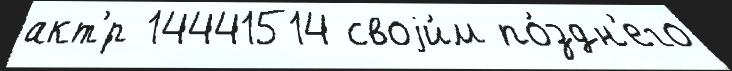
акт'́р 14441514 своjи́м по́здн'его